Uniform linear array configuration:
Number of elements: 64
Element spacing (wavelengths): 0.25
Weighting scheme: hann
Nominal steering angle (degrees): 15
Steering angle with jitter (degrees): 16.101
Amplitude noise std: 0.05
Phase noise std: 0.05

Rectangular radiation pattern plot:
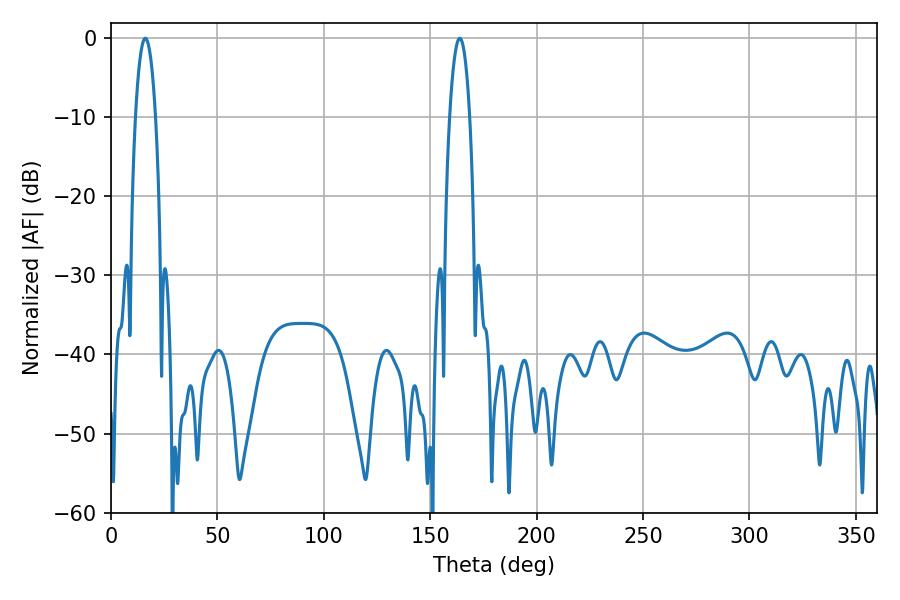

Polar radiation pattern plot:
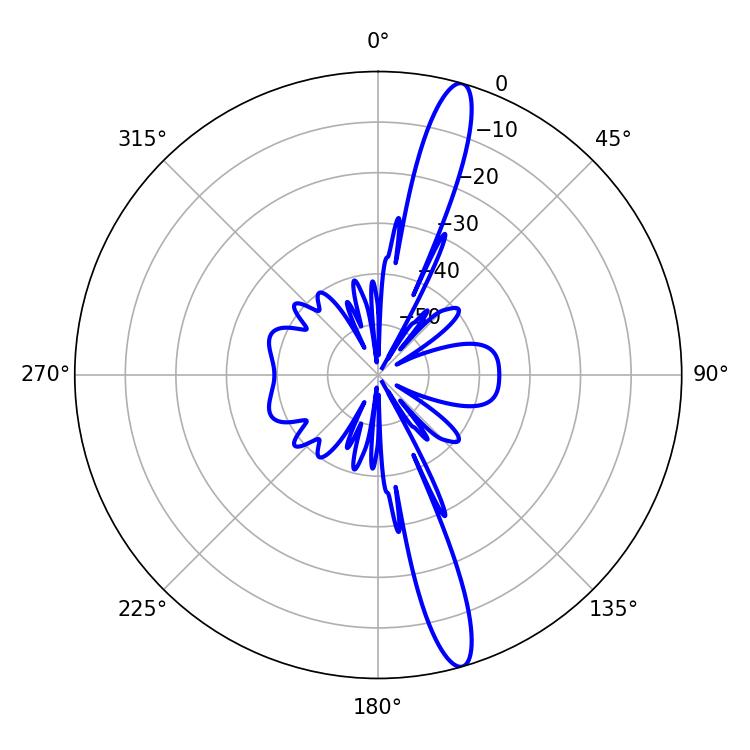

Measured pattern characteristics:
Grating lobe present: FALSE
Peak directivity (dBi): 15.622
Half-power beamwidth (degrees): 5.22
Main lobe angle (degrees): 163.8